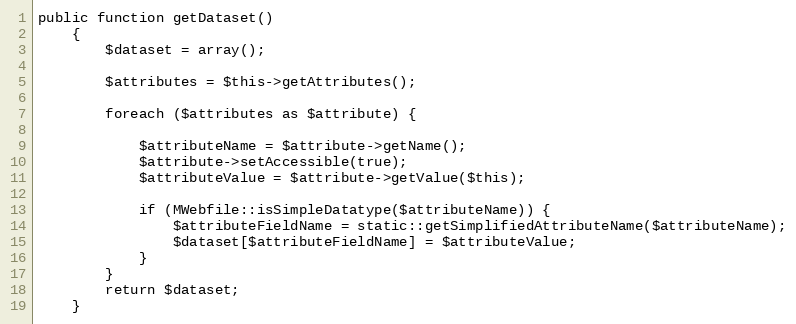
Language: PHP
public function getDataset()
    {
        $dataset = array();

        $attributes = $this->getAttributes();

        foreach ($attributes as $attribute) {

            $attributeName = $attribute->getName();
            $attribute->setAccessible(true);
            $attributeValue = $attribute->getValue($this);

            if (MWebfile::isSimpleDatatype($attributeName)) {
                $attributeFieldName = static::getSimplifiedAttributeName($attributeName);
                $dataset[$attributeFieldName] = $attributeValue;
            }
        }
        return $dataset;
    }